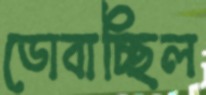
ডোবাচ্ছিল